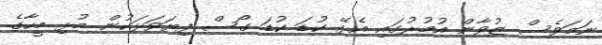
ނަމަވެސް ޒުވާން އުމުރުގައި އެޅޭ ކުޑަ ކުޑަ ގޯސް ފިޔަވަޅަކުން މުޅި މީހާގެ